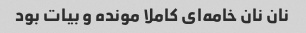
نان نان خامه‌ای کاملا مونده و بیات بود